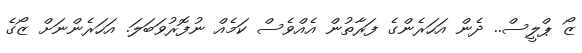
ޒޯ ޕްލީސް.. ދެން އަހަރެންގެ ފަރާތުން އެއްވެސް ކަމެއް ނުފޮރުވަބަލަ. އަހަރެންނަށް ޒޯގެ